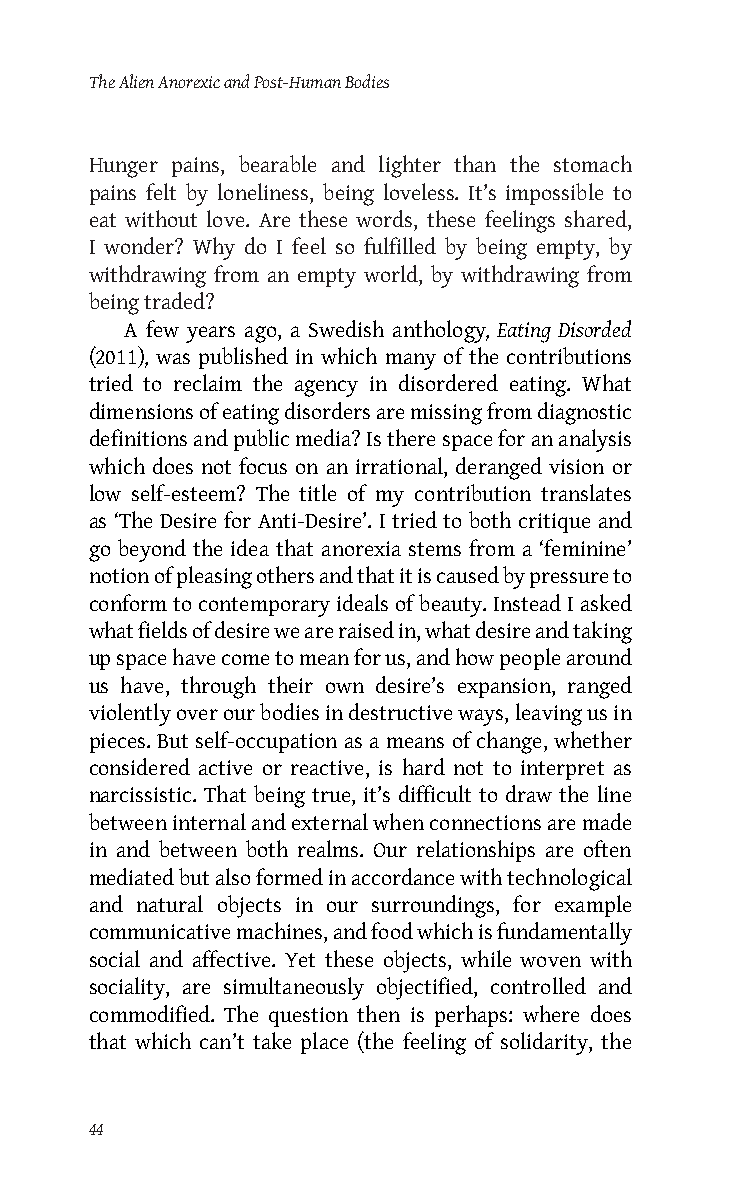
The Alien Anorexic and Post-Human Bodies
 Hunger pains, bearable and lighter than the stomach
 pains felt by loneliness, being loveless. It’s impossible to
 eat without love. Are these words, these feelings shared,
 I wonder? Why do I feel so fulfilled by being empty, by
 withdrawing from an empty world, by withdrawing from
 being traded?
 A few years ago, a Swedish anthology, Eating Disorded
 (2011), was published in which many of the contributions
 tried to reclaim the agency in disordered eating. What
 dimensions of eating disorders are missing from diagnostic
 definitions and public media? Is there space for an analysis
 which does not focus on an irrational, deranged vision or
 low self-esteem? The title of my contribution translates
 as ‘The Desire for Anti-Desire’. I tried to both critique and
 go beyond the idea that anorexia stems from a ‘feminine’
 notion of pleasing others and that it is caused by pressure to
 conform to contemporary ideals of beauty. Instead I asked
 what fields of desire we are raised in, what desire and taking
 up space have come to mean for us, and how people around
 us have, through their own desire’s expansion, ranged
 violently over our bodies in destructive ways, leaving us in
 pieces. But self-occupation as a means of change, whether
 considered active or reactive, is hard not to interpret as
 narcissistic. That being true, it’s difficult to draw the line
 between internal and external when connections are made
 in and between both realms. Our relationships are often
 mediated but also formed in accordance with technological
 and natural objects in our surroundings, for example
 communicative machines, and food which is fundamentally
 social and affective. Yet these objects, while woven with
 sociality, are simultaneously objectified, controlled and
 commodified. The question then is perhaps: where does
 that which can’t take place (the feeling of solidarity, the
 44